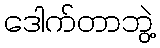
ဒေါက်တာဘွဲ့